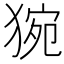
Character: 𤟊